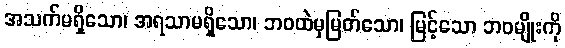
အသက်မရှိသော၊ အရသာမရှိသော၊ ဘဝထဲမှမြတ်သော၊ မြင့်သော ဘဝမျိုးကို